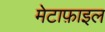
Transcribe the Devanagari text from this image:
मेटाफ़ाइल